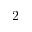
2